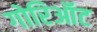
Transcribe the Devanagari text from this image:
गोरिऑट